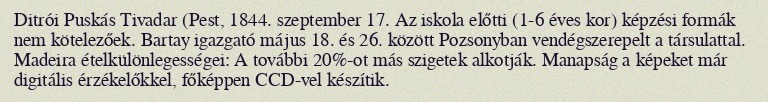
Ditrói Puskás Tivadar (Pest, 1844. szeptember 17. Az iskola előtti (1-6 éves kor) képzési formák nem kötelezőek. Bartay igazgató május 18. és 26. között Pozsonyban vendégszerepelt a társulattal. Madeira ételkülönlegességei: A további 20%-ot más szigetek alkotják. Manapság a képeket már digitális érzékelőkkel, főképpen CCD-vel készítik.